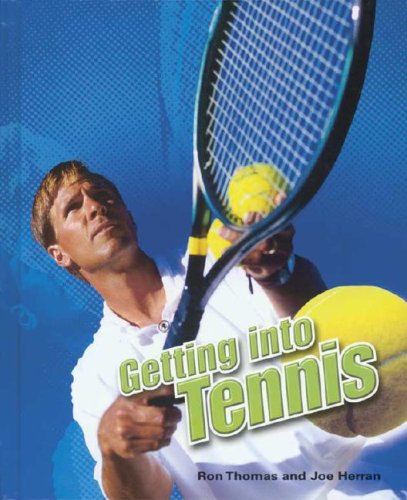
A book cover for Getting Into Tennis (Getting Into Sports); Ron Thomas; Children's Books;